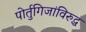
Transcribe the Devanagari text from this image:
पोर्तुगिजांविरुद्ध